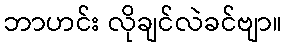
ဘာဟင်း လိုချင်လဲခင်ဗျာ။